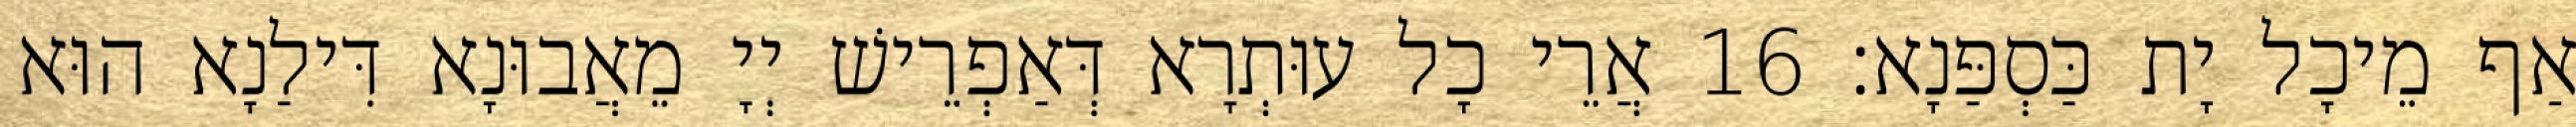
אַף מֵיכָל יָת כַּסְפַּנָא׃ 16 אֲרֵי כָל עוּתְרָא דְּאַפְרֵישׁ יְיָ מֵאֲבוּנָא דִּילַנָא הוּא